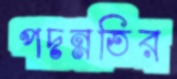
পদন্নতির